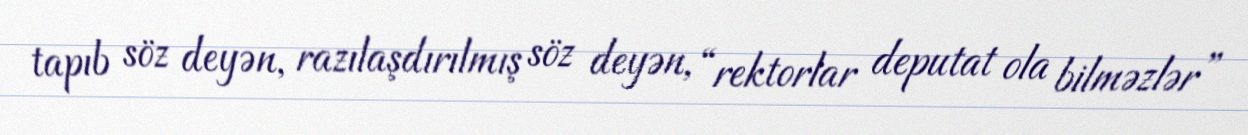
tapıb söz deyən, razılaşdırılmış söz deyən, “rektorlar deputat ola bilməzlər”